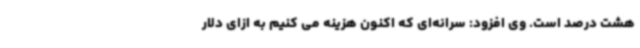
هشت درصد است. وی افزود: سرانه‌ای که اکنون هزینه می کنیم به ازای دلار